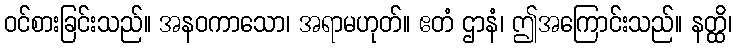
ဝင်စားခြင်းသည်။ အနဝကာသော၊ အရာမဟုတ်။ ဧတံ ဌာနံ၊ ဤအကြောင်းသည်။ နတ္ထိ၊